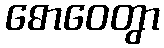
ဓောဝေတွာ